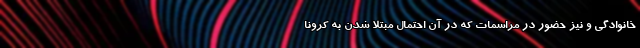
خانوادگی و نیز حضور در مراسمات که در آن احتمال مبتلا شدن به کرونا